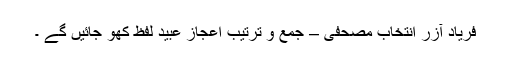
فریاد آزر انتخاب مصحفی – جمع و ترتیب اعجاز عبید لفظ کھو جائیں گے ۔